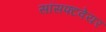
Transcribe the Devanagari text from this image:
सॉसफ्टवेयर